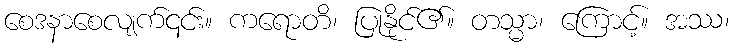
စေဒနာစေလျက်၎င်း။ ကရောတိ၊ ပြုနိုင်၏။ တသ္မာ၊ ကြောင့်။ အဿ၊